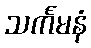
သင်္ကမနံ